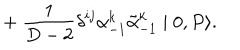
+ ~ { \frac { 1 } { D - 2 } } { \delta } ^ { i j } { \alpha } _ { - 1 } ^ { k } \tilde { \alpha } _ { - 1 } ^ { k } \mid 0 , P \rangle .